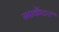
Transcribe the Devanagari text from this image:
माकेंटर